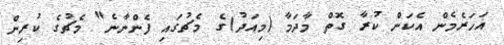
އަހަރެމެން އެކަން ކުރާ ގޮތް މާދަމާ (މިއަދު)ގެ މެޗުގައި ފެންނާނެ" މެޗުގެ ކުރިން